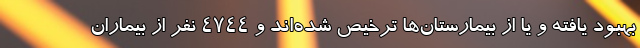
بهبود یافته و یا از بیمارستان‌ها ترخیص شده‌اند و ۴۷۴۴ نفر از بیماران